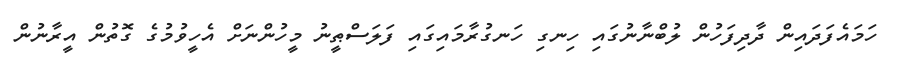
ހަމައެފަދައިން ދާދިފަހުން ލުބްނާނުގައި ހިނގި ހަނގުރާމައިގައި ފަލަސްޠީނު މީހުންނަށް އެހީވުމުގެ ގޮތުން އީރާނުން